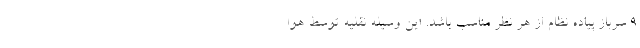
9 سرباز پیاده نظام از هر نظر مناسب باشد. این وسیله نقلیه توسط هوا